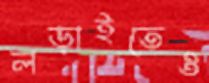
লড়াইতেও